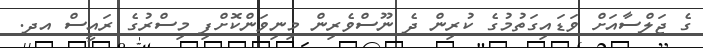
ގެ ޖަލްސާއަށް ވަޑައިގަތުމުގެ ކުރިން ދެ ނޫސްވެރިން މިނިވަންކޮށްފި މިސްރުގެ ރައީސް އދ.